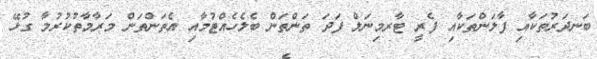
ބަނދަރުތަކާއި ފާލަންތަކާއި ފެރީ ޓާރމިނަލް ފަދަ ތަންތަން ބެލެހެއްޓުމާއި އެތަންތަން މަރާމާތުކުރުމާ ގުޅޭ